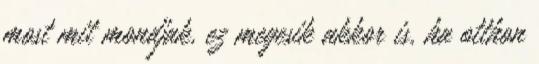
most mit mondjak, ez megesik akkor is, ha otthon